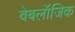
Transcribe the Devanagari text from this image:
वेबलॉजिक